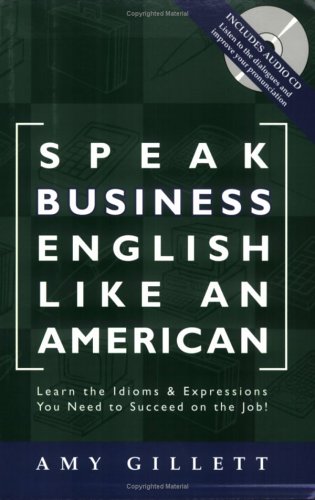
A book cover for Speak Business English Like an American: Learn the Idioms & Expressions You Need to Succeed On The Job! (Book & Audio CD); Amy Gillett; Reference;